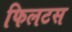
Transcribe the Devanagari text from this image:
फिलटस